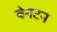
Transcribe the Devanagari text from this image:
बेनटन